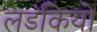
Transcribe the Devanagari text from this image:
लडंकियो